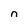
Character: n